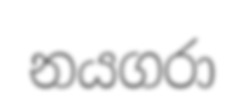
නයගරා